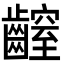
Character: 𪙜